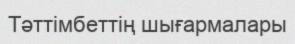
Тәттімбеттің шығармалары